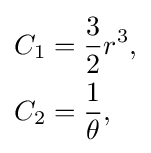
{\begin{aligned}C_{1}&={\frac {3}{2}}r^{3},\\C_{2}&={\frac {1}{\theta }},\end{aligned}}